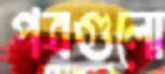
পত্রগুলো